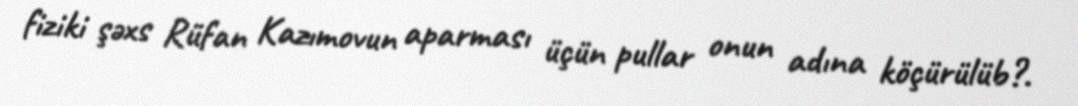
fiziki şəxs Rüfan Kazımovun aparması üçün pullar onun adına köçürülüb?.